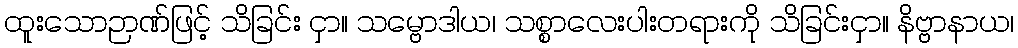
ထူးသောဉာဏ်ဖြင့် သိခြင်း ငှာ။ သမ္ဗောဒါယ၊ သစ္စာလေးပါးတရားကို သိခြင်းငှာ။ နိဗ္ဗာနာယ၊